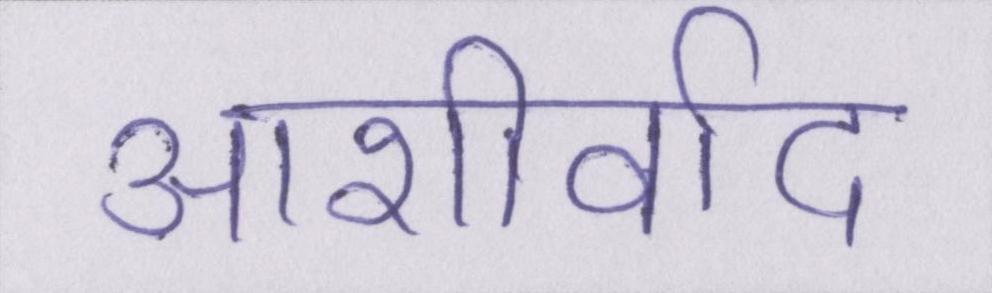
आशीर्वाद